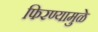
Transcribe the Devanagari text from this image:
फिरण्यामुळे